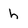
Character: h